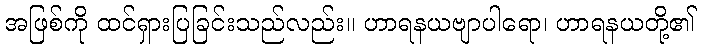
အဖြစ်ကို ထင်ရှားပြခြင်းသည်လည်း။ ဟာရနယဗျာပါရော၊ ဟာရနယတို့၏